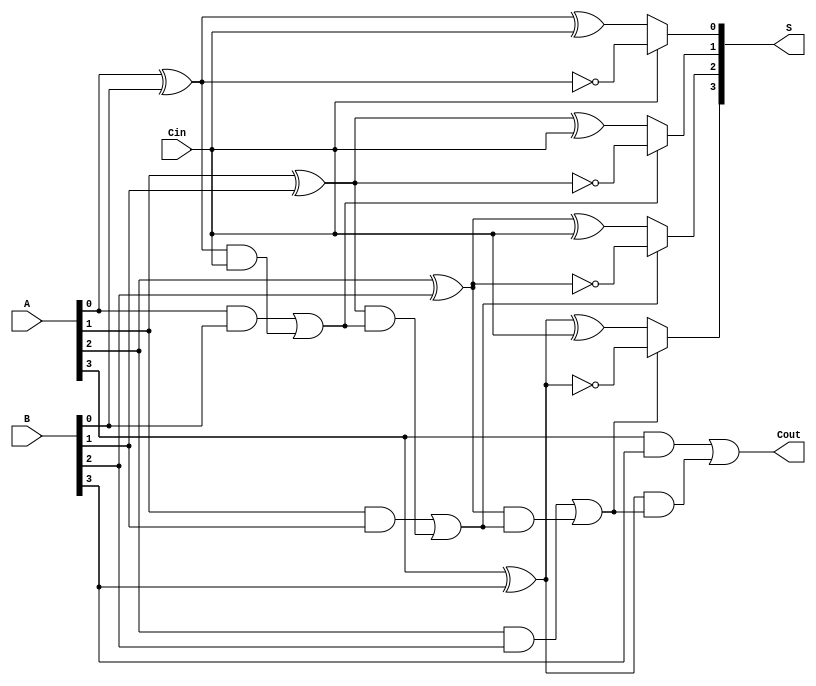
module conditional_sum_adder #(parameter N = 4) (
    input  [N-1:0] A,      // First n-bit input
    input  [N-1:0] B,      // Second n-bit input
    input          Cin,     // Carry-in
    output [N-1:0] S,      // n-bit sum output
    output         Cout     // Carry-out
);

    wire [N-1:0] G;        // Generate signals
    wire [N-1:0] P;        // Propagate signals
    wire [N:0] C;          // Carry signals (C[0] = Cin)

    // Generate and Propagate calculations
    genvar i;
    generate
        for (i = 0; i < N; i = i + 1) begin : gen_prop
            assign G[i] = A[i] & B[i];          // Generate
            assign P[i] = A[i] ^ B[i];          // Propagate
        end
    endgenerate

    // Carry signal calculations
    assign C[0] = Cin;                          // Initial carry-in
    generate
        for (i = 0; i < N; i = i + 1) begin : carry_gen
            assign C[i+1] = G[i] | (P[i] & C[i]); // Carry generation
        end
    endgenerate

    // Sum calculations based on carry predictions
    wire [N-1:0] S0; // Sum if carry is 0
    wire [N-1:0] S1; // Sum if carry is 1

    generate
        for (i = 0; i < N; i = i + 1) begin : sum_calc
            assign S0[i] = A[i] ^ B[i] ^ C[0]; // Sum if carry is 0
            assign S1[i] = A[i] ^ B[i] ^ 1;     // Sum if carry is 1
            assign S[i] = C[i] ? S1[i] : S0[i]; // Final sum selection
        end
    endgenerate

    // Final carry-out
    assign Cout = C[N]; // Carry-out from the last carry signal

endmodule